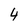
Character: 4